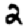
Digit: 2